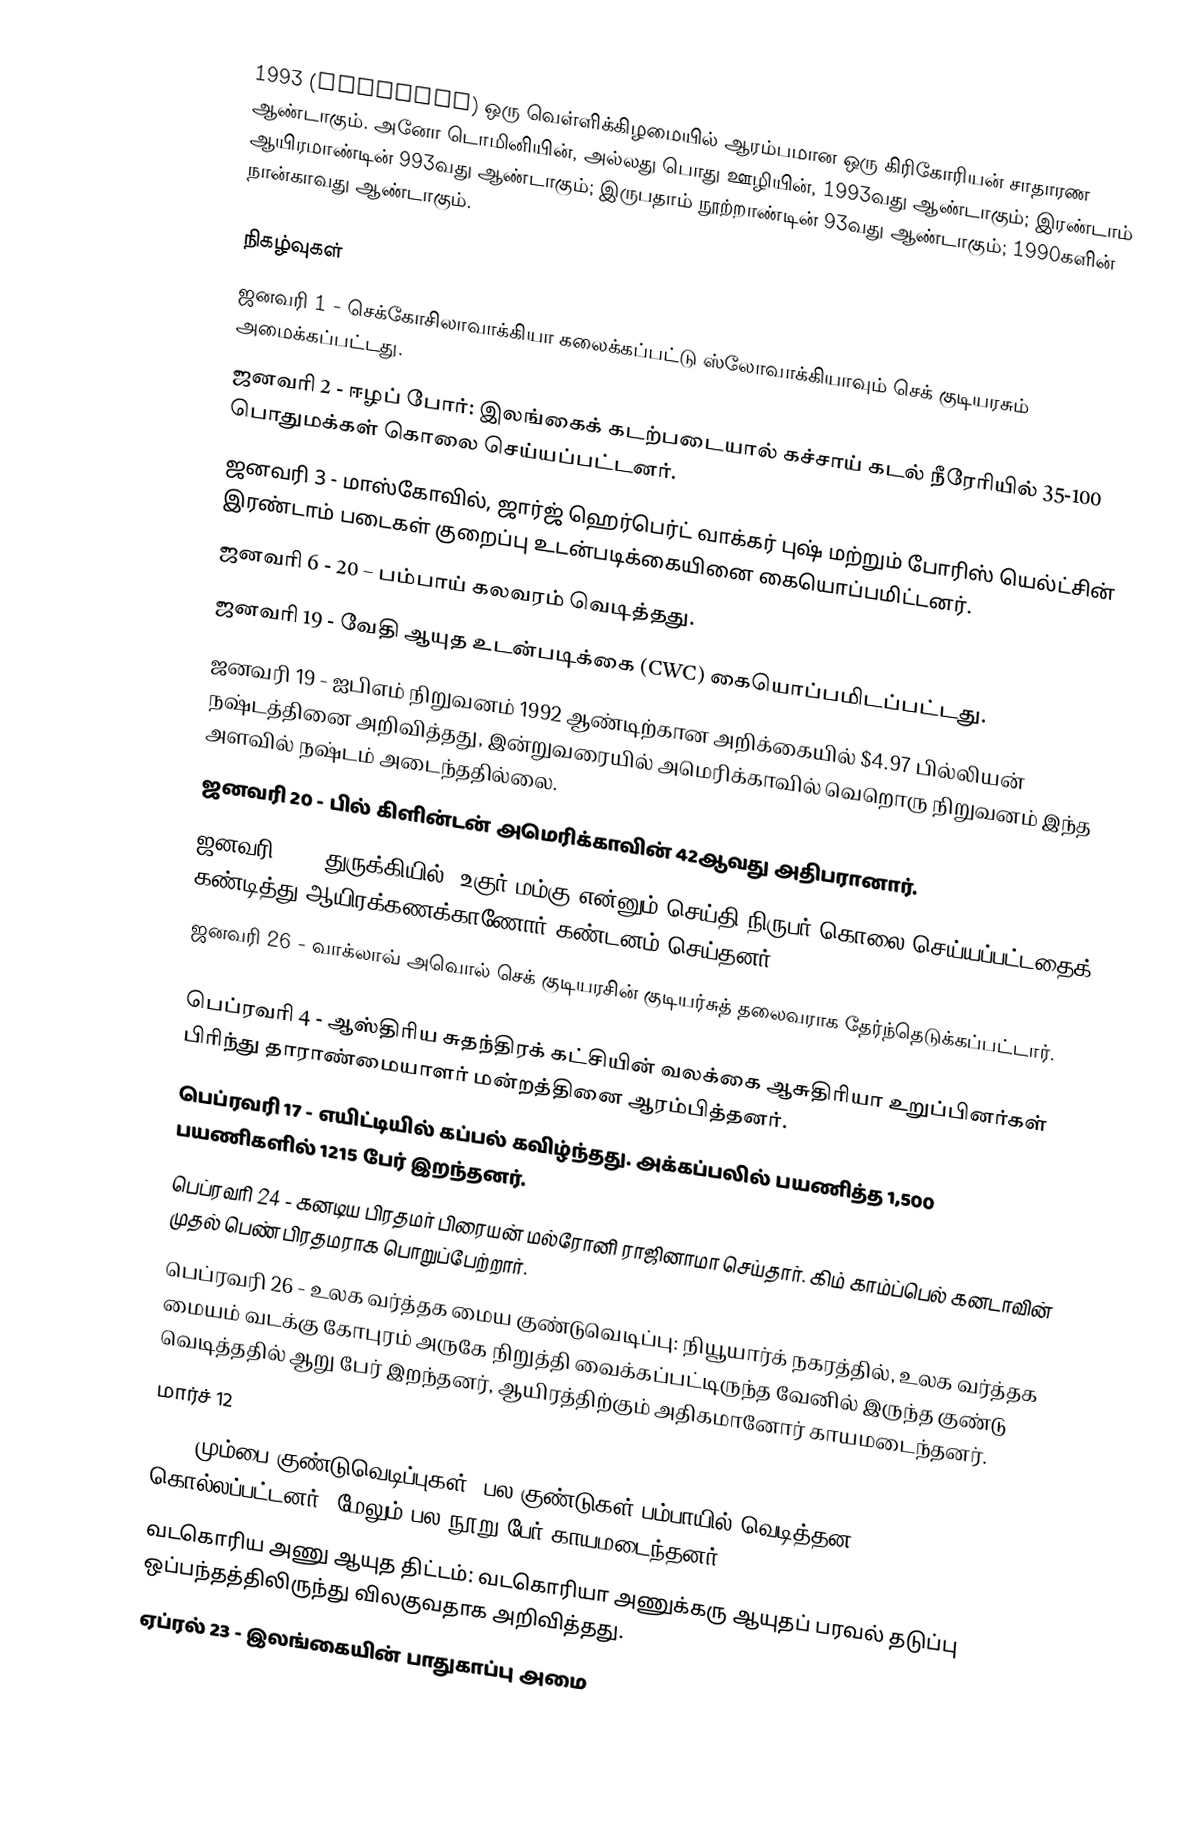
1993 (MCMXCIII) ஒரு வெள்ளிக்கிழமையில் ஆரம்பமான ஒரு கிரிகோரியன் சாதாரண ஆண்டாகும். அனோ டொமினியின், அல்லது பொது ஊழியின், 1993வது ஆண்டாகும்; இரண்டாம் ஆயிரமாண்டின் 993வது ஆண்டாகும்; இருபதாம் நூற்றாண்டின் 93வது ஆண்டாகும்; 1990களின் நான்காவது ஆண்டாகும்.

நிகழ்வுகள்
 ஜனவரி 1 - செக்கோசிலாவாக்கியா கலைக்கப்பட்டு ஸ்லோவாக்கியாவும் செக் குடியரசும் அமைக்கப்பட்டது.
 ஜனவரி 2 - ஈழப் போர்:  இலங்கைக் கடற்படையால் கச்சாய் கடல் நீரேரியில் 35-100 பொதுமக்கள் கொலை செய்யப்பட்டனர்.
 ஜனவரி 3 - மாஸ்கோவில், ஜார்ஜ் ஹெர்பெர்ட் வாக்கர் புஷ் மற்றும் போரிஸ் யெல்ட்சின் இரண்டாம் படைகள் குறைப்பு உடன்படிக்கையினை கையொப்பமிட்டனர்.
 ஜனவரி 6 - 20 – பம்பாய் கலவரம் வெடித்தது.
 ஜனவரி 19 - வேதி ஆயுத உடன்படிக்கை (CWC) கையொப்பமிடப்பட்டது.
 ஜனவரி 19 - ஐபிஎம் நிறுவனம் 1992 ஆண்டிற்கான அறிக்கையில் $4.97 பில்லியன் நஷ்டத்தினை அறிவித்தது, இன்றுவரையில் அமெரிக்காவில் வெறொரு நிறுவனம் இந்த அளவில் நஷ்டம் அடைந்ததில்லை.
 ஜனவரி 20 - பில் கிளின்டன் அமெரிக்காவின் 42ஆவது அதிபரானார்.
 ஜனவரி 24 - துருக்கியில், உகுர் மம்கு என்னும் செய்தி நிருபர் கொலை செய்யப்பட்டதைக் கண்டித்து ஆயிரக்கணக்காணோர் கண்டனம் செய்தனர்.
 ஜனவரி 26 - வாக்லாவ் அவொல் செக் குடியரசின் குடியர்சுத் தலைவராக தேர்ந்தெடுக்கப்பட்டார்.

 பெப்ரவரி 4 - ஆஸ்திரிய சுதந்திரக் கட்சியின் வலக்கை ஆசுதிரியா உறுப்பினர்கள் பிரிந்து தாராண்மையாளர் மன்றத்தினை ஆரம்பித்தனர்.
 பெப்ரவரி 17 - எயிட்டியில் கப்பல் கவிழ்ந்தது. அக்கப்பலில் பயணித்த 1,500 பயணிகளில் 1215 பேர் இறந்தனர்.
 பெப்ரவரி 24 - கனடிய பிரதமர் பிரையன் மல்ரோனி ராஜினாமா செய்தார். கிம் காம்ப்பெல் கனடாவின் முதல் பெண் பிரதமராக பொறுப்பேற்றார்.
 பெப்ரவரி 26 - உலக வர்த்தக மைய குண்டுவெடிப்பு:  நியூயார்க் நகரத்தில், உலக வர்த்தக மையம் வடக்கு கோபுரம் அருகே நிறுத்தி வைக்கப்பட்டிருந்த வேனில் இருந்த குண்டு வெடித்ததில் ஆறு பேர் இறந்தனர், ஆயிரத்திற்கும் அதிகமானோர் காயமடைந்தனர்.
 மார்ச் 12
 1993 மும்பை குண்டுவெடிப்புகள்: பல குண்டுகள் பம்பாயில் வெடித்தன. 257 கொல்லப்பட்டனர், மேலும் பல நூறு பேர் காயமடைந்தனர்.
 வடகொரிய அணு ஆயுத திட்டம்: வடகொரியா அணுக்கரு ஆயுதப் பரவல் தடுப்பு ஒப்பந்தத்திலிருந்து விலகுவதாக அறிவித்தது.
 ஏப்ரல் 23 - இலங்கையின் பாதுகாப்பு அமை